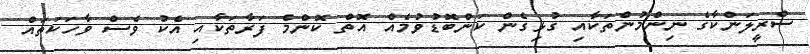
ސްރީލަންކާގެ ނިންމުންތަކާއި ގުޅިގެން ކަންބޮޑުވުމެއް އޮތް ކޮންމެ ފަރާތަކާއި އެކު ވެސް ވާހަކަތައް